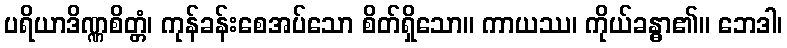
ပရိယာဒိဏ္ဏစိတ္တံ၊ ကုန်ခန်းစေအပ်သော စိတ်ရှိသော။ ကာယဿ၊ ကိုယ်ခန္ဓာ၏။ ဘေဒါ၊